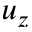
u _ { z }